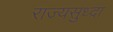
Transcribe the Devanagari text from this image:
राज्यसुध्दा